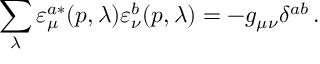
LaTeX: \sum _ { \lambda } \varepsilon _ { \mu } ^ { a \ast } ( p , \lambda ) \varepsilon _ { \nu } ^ { b } ( p , \lambda ) = - g _ { \mu \nu } \delta ^ { a b } \, .